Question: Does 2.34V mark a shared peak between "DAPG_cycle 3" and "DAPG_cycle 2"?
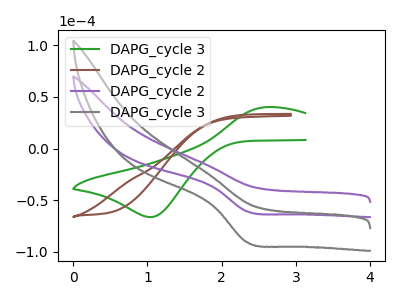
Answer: <think>The green curve "DAPG_cycle 3" has an anodic peak at (2.60V, 40.30uA) and a cathodic peak at (1.05V, -66.20uA). The brown curve "DAPG_cycle 2" has no peaks. The purple curve "DAPG_cycle 2" has a cathodic peak at: (2.35V, -60.70uA). The gray curve "DAPG_cycle 3" has a cathodic peak at: (2.35V, -90.60uA).</think>
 <answer>Yes, "DAPG_cycle 3" and "DAPG_cycle 2" share a peak at 2.34V.</answer>
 <eval>match</eval>